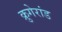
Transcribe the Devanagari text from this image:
क्रुगेरांड